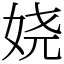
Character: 娆